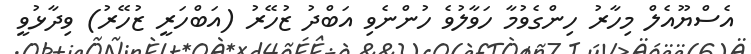
އެސްޔޫއެލް މިހާރު ހިންގެވުމާ ހަވާލުވެ ހުންނެވި އަބްދު ޒުހޭރު (އަބްހަރީ ޒުހޭރު) ވިދާޅުވީ